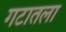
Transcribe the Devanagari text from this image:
गटातला